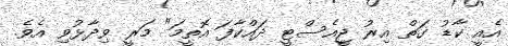
އެއީ ކާޑު ގަތް އިރު ޖީއެސްޓީ ދައްކާފަ އޮތީމަ" މަރީ ވިދާޅުވި އެވެ.